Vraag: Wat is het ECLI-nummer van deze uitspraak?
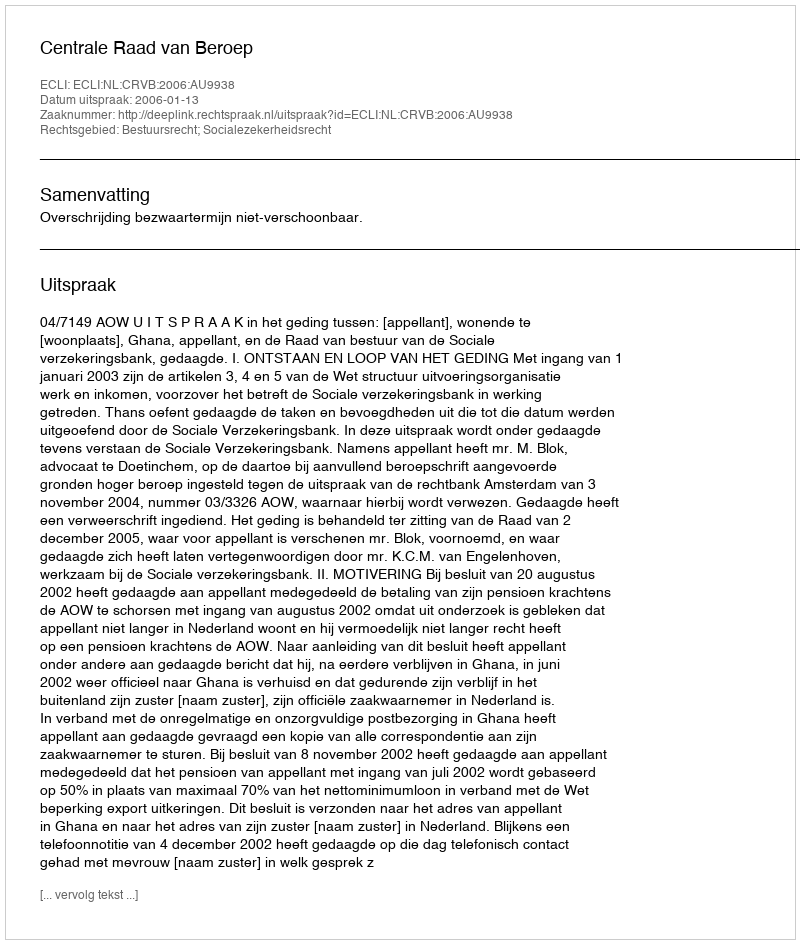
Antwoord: ECLI:NL:CRVB:2006:AU9938